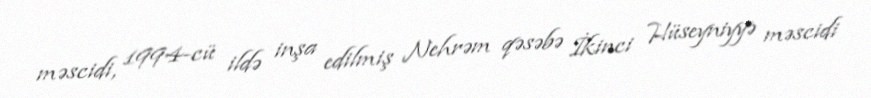
məscidi, 1994-cü ildə inşa edilmiş Nehrəm qəsəbə İkinci Hüseyniyyə məscidi